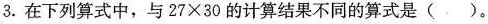
3.在下列算式中，与$$2 7 \times 3 0$$的计算结果不同的算式是（）。